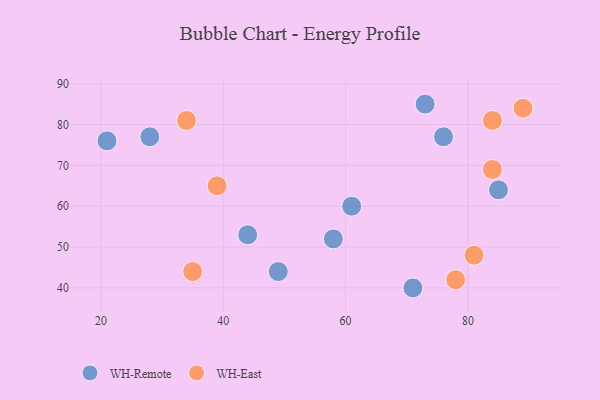
{"axis": {"x": "GDP", "y": "Life Expectancy"}, "legend": ["WH-East", "WH-Remote"], "data": [{"x": "44", "y": 53, "type": "WH-Remote"}, {"x": "58", "y": 52, "type": "WH-Remote"}, {"x": "49", "y": 44, "type": "WH-Remote"}, {"x": "71", "y": 40, "type": "WH-Remote"}, {"x": "73", "y": 85, "type": "WH-Remote"}, {"x": "61", "y": 60, "type": "WH-Remote"}, {"x": "85", "y": 64, "type": "WH-Remote"}, {"x": "28", "y": 77, "type": "WH-Remote"}, {"x": "76", "y": 77, "type": "WH-Remote"}, {"x": "21", "y": 76, "type": "WH-Remote"}, {"x": "34", "y": 81, "type": "WH-East"}, {"x": "39", "y": 65, "type": "WH-East"}, {"x": "84", "y": 69, "type": "WH-East"}, {"x": "89", "y": 84, "type": "WH-East"}, {"x": "78", "y": 42, "type": "WH-East"}, {"x": "84", "y": 81, "type": "WH-East"}, {"x": "35", "y": 44, "type": "WH-East"}, {"x": "81", "y": 48, "type": "WH-East"}]}